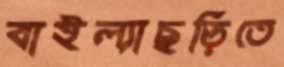
বাইল্যাছড়িতে